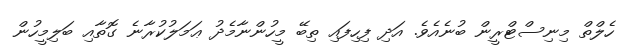
ހެލްތް މިނިސްޓްރީން ބުނެއެވެ. އަދި ފިހިފައި ތިބޭ މީހުންނާމެދު ޢަމަލުކުރާނެ ގޮތާއި ބަލިމީހުން